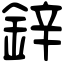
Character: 鋅